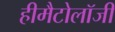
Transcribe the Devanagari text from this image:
हीमैटोलॉजी